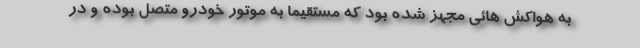
به هواکش هائی مجهز شده بود که مستقیما به موتور خودرو متصل بوده و در